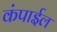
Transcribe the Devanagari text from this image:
कंपाईल